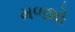
મળશો